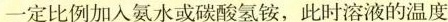
一定比例加入氨水或碳酸氢铵，此时溶液的温度